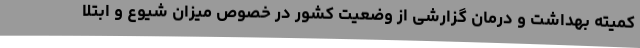
کمیته بهداشت و درمان گزارشی از وضعیت کشور در خصوص میزان شیوع و ابتلا